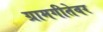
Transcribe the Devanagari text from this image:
ग्रामगीतेवर